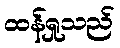
ထန်ရှုသည်